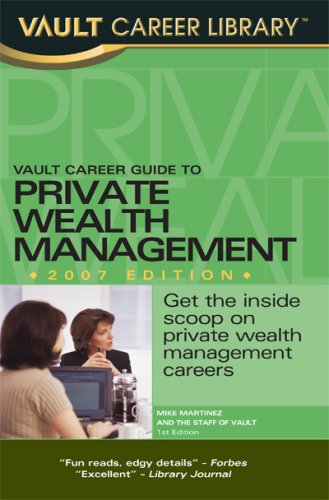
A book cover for Vault Career Guide to Private Wealth Management  (Vault Career Library); John Ransom; Business & Money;